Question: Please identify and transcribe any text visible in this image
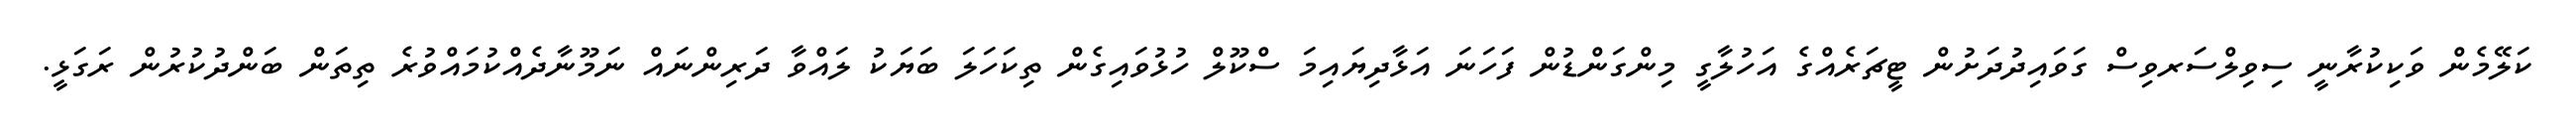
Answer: ކަލޭމެން ވަކިކުރާނީ ސިވިލްސަރވިސް ގަވައިދުދަށުން ޓީޗަރެއްގެ އަހުލާގީ މިންގަންޑުން ފަހަނަ އަޅާދިޔައިމަ ސްކޫލް ހުޅުވައިގެން ތިކަހަލަ ބަޔަކު ލައްވާ ދަރިންނައް ނަމޫނާދެއްކުމައްވުރެ ތިތަން ބަންދުކުރުން ރަގަޅީ.